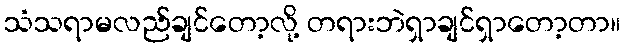
သံသရာမလည်ချင်တော့လို့ တရားဘဲရှာချင်ရှာတော့တာ။